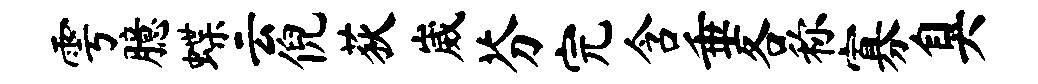
雩臆蝶云倪荻崴芬完含垂各称寡臭